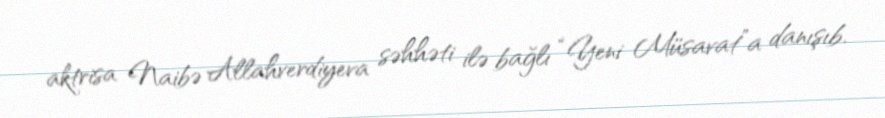
aktrisa Naibə Allahverdiyeva səhhəti ilə bağlı “Yeni Müsavat”a danışıb.